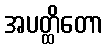
အပတ္ထိတော